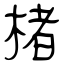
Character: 楮